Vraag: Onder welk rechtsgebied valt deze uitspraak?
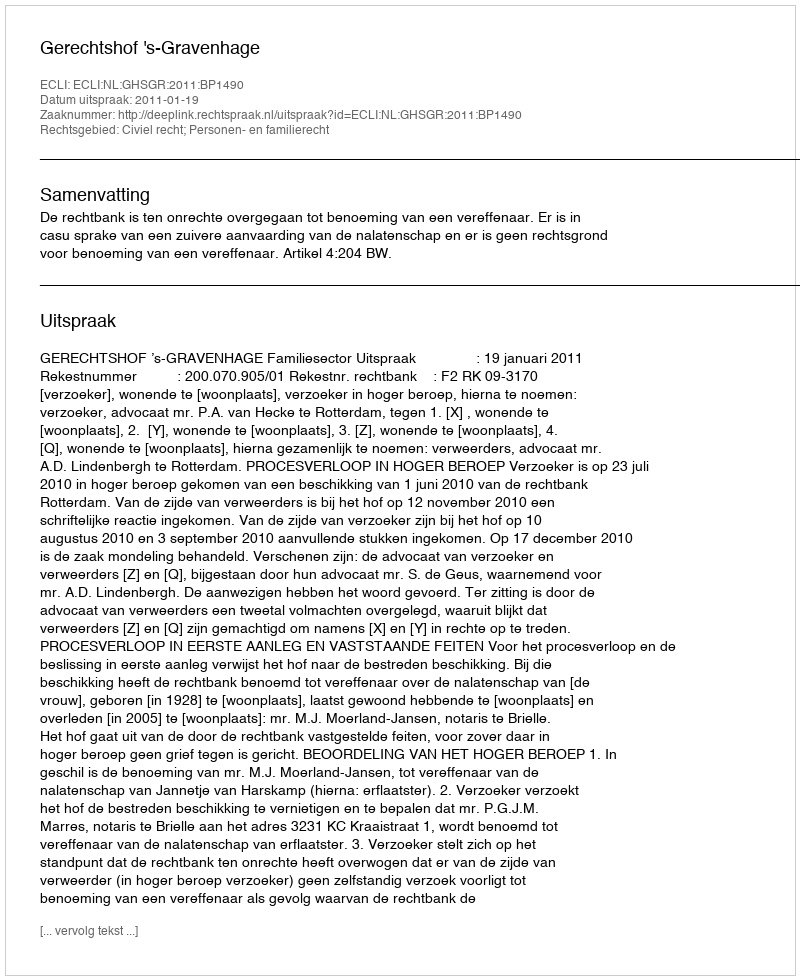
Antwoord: Civiel recht; Personen- en familierecht